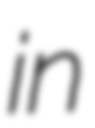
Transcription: in